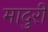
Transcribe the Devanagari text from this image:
मादुरी